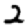
Digit: 2